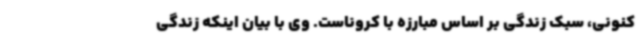
کنونی، سبک زندگی بر اساس مبارزه با کروناست. وی با بیان اینکه زندگی